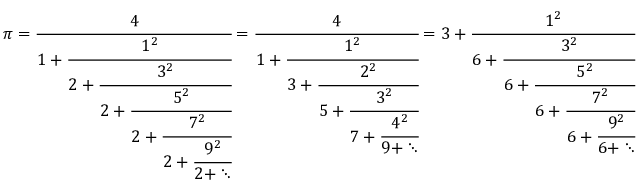
\pi = { \cfrac { 4 } { 1 + { \cfrac { 1 ^ { 2 } } { 2 + { \cfrac { 3 ^ { 2 } } { 2 + { \cfrac { 5 ^ { 2 } } { 2 + { \cfrac { 7 ^ { 2 } } { 2 + { \cfrac { 9 ^ { 2 } } { 2 + \ddots } } } } } } } } } } } } = { \cfrac { 4 } { 1 + { \cfrac { 1 ^ { 2 } } { 3 + { \cfrac { 2 ^ { 2 } } { 5 + { \cfrac { 3 ^ { 2 } } { 7 + { \cfrac { 4 ^ { 2 } } { 9 + \ddots } } } } } } } } } } = 3 + { \cfrac { 1 ^ { 2 } } { 6 + { \cfrac { 3 ^ { 2 } } { 6 + { \cfrac { 5 ^ { 2 } } { 6 + { \cfrac { 7 ^ { 2 } } { 6 + { \cfrac { 9 ^ { 2 } } { 6 + \ddots } } } } } } } } } }